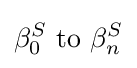
\beta _{0}^{S}\ {\text{to}}\ \beta _{n}^{S}